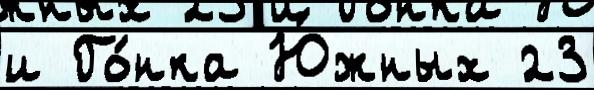
и Го́нка Ю́жных 23